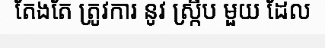
តែងតែ ត្រូវការ នូវ ស្ក្រីប មួយ ដែល